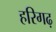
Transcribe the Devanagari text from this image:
हरिगढ़